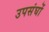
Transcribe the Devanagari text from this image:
उपसंघों